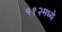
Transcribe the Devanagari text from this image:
१९२मध्ये